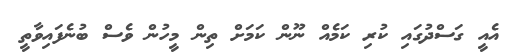
އެއީ ގަސްދުގައި ކުރި ކަމެއް ނޫން ކަމަށް ތިން މީހުން ވެސް ބުނެފައިވާތީ